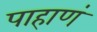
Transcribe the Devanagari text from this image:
पाहाणं